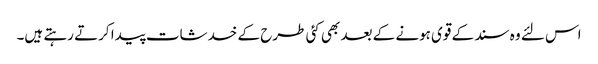
اس لئے وہ سند کے قوی ہونے کے بعد بھی کئی طرح کے خدشات پیدا کرتے رہتے ہیں۔